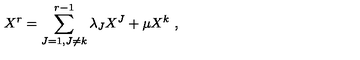
X ^ { r } = \sum _ { J = 1 , J \not = k } ^ { r - 1 } \lambda _ { J } X ^ { J } + \mu X ^ { k } \ ,